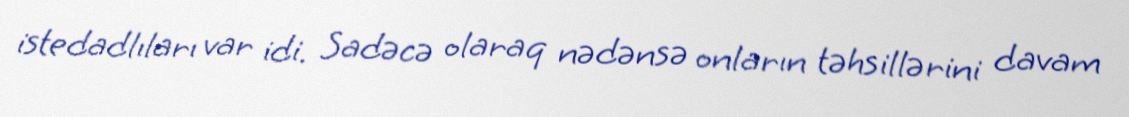
istedadlıları var idi. Sadəcə olaraq nədənsə onların təhsillərini davam